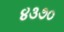
૪૩૭૦